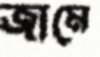
জামে